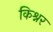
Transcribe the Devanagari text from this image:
किश्नर